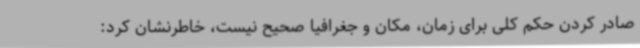
صادر کردن حکم کلی برای زمان، مکان و جغرافیا صحیح نیست، خاطرنشان کرد: